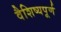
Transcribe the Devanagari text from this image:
वैशिष्यपूर्ण